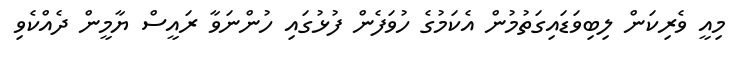
މިއީ ވެރިކަން ލިބިވަޑައިގަތުމުން އެކަމުގެ ހުވަފެން ފުޅުގައި ހުންނަވާ ރައީސް ޔާމީން ދެއްކެވި